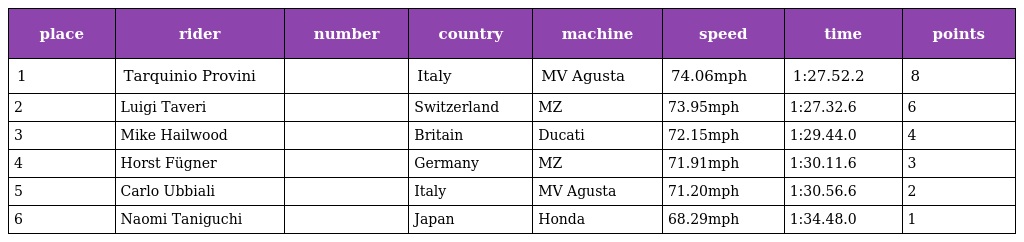
| place | rider | number | country | machine | speed | time | points |
 | --- | --- | --- | --- | --- | --- | --- | --- |
 | 1 | Tarquinio Provini |  | Italy | MV Agusta | 74.06mph | 1:27.52.2 | 8 |
 | 2 | Luigi Taveri |  | Switzerland | MZ | 73.95mph | 1:27.32.6 | 6 |
 | 3 | Mike Hailwood |  | Britain | Ducati | 72.15mph | 1:29.44.0 | 4 |
 | 4 | Horst Fügner |  | Germany | MZ | 71.91mph | 1:30.11.6 | 3 |
 | 5 | Carlo Ubbiali |  | Italy | MV Agusta | 71.20mph | 1:30.56.6 | 2 |
 | 6 | Naomi Taniguchi |  | Japan | Honda | 68.29mph | 1:34.48.0 | 1 |